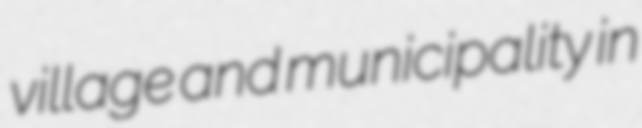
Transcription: village and municipality in